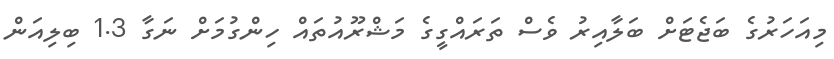
މިއަހަރުގެ ބަޖެޓަށް ބަލާއިރު ވެސް ތަރައްގީގެ މަޝްރޫއުތައް ހިންގުމަށް ނަގާ 1.3 ބިލިއަން